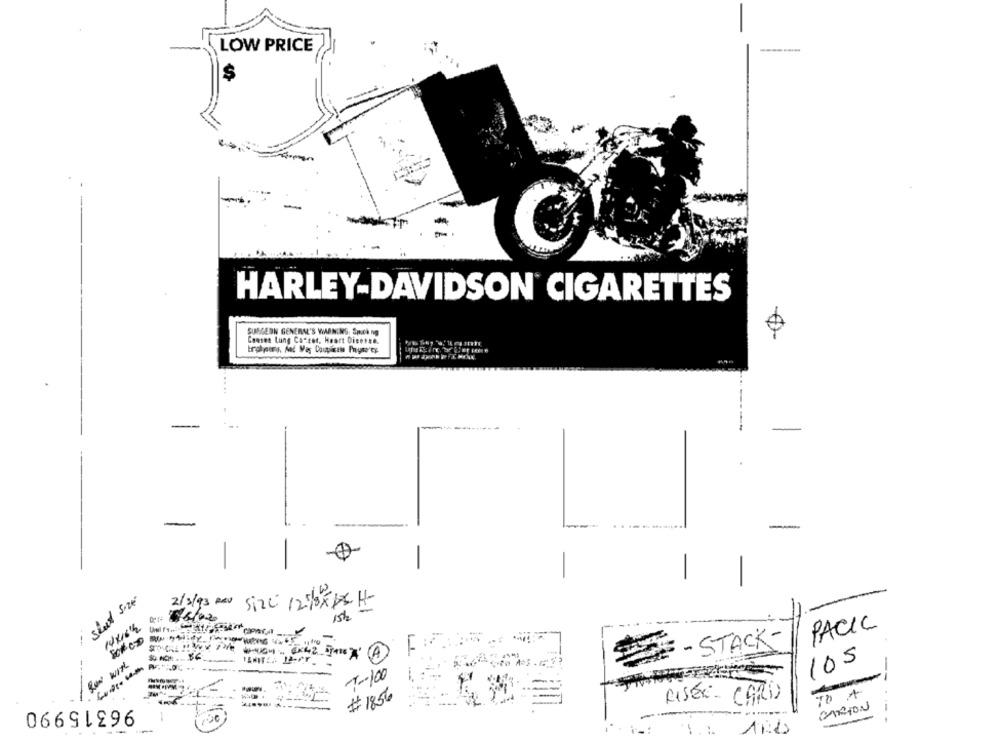
LOW PRICE
HARLEY-DAVIDSON CIGARETTES
$
SURGEON GENERAL'S VISNING, Spuck ng
Consen Lung Castor, Hoort Disesse.
-
-
sheet size
2/3/93 Rx Size: 1250x18 H-
15h
14416th
PACIC
- STACK-
A
105
RUN With
7-100
--
# 1856
TO A
96315990
RISER CARD
CARTON
-
T: